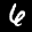
Label: 6